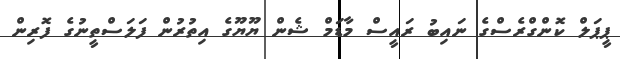
ޕީޕަލް ކޮންގްރެސްގެ ނައިބު ރައީސް މާޑަމް ޝެން ޔޫޔޫގެ އިތުރުން ފަލަސްތީނުގެ ފޮރިން